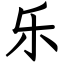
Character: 乐